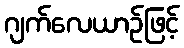
ဂျက်လေယာဉ်ဖြင့်